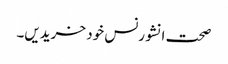
صحت انشورنس خود خریدیں۔